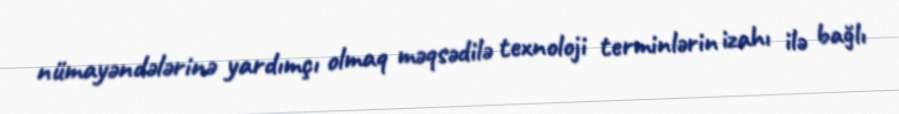
nümayəndələrinə yardımçı olmaq məqsədilə texnoloji terminlərin izahı ilə bağlı